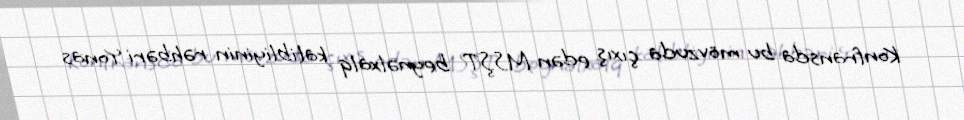
Konfransda bu mövzuda çıxış edən MSŞT beynəlxalq katibliyinin rəhbəri Yonas